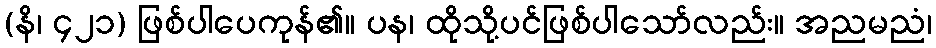
(နိ၊ ၄၂၁) ဖြစ်ပါပေကုန်၏။ ပန၊ ထိုသို့ပင်ဖြစ်ပါသော်လည်း။ အညမညံ၊